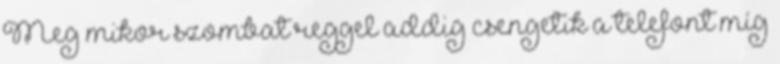
Meg mikor szombat reggel addig csengetik a telefont míg